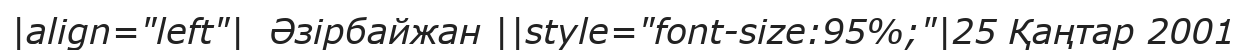
|align="left"|  Әзірбайжан ||style="font-size:95%;"|25 Қаңтар 2001